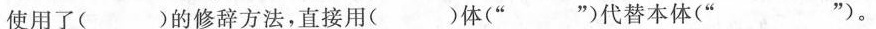
使用了( )的修辞方法，直接用( )体(” ”)代替本体(” ”)。